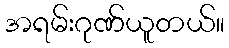
အရမ်းဂုဏ်ယူတယ်။